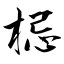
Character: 梞